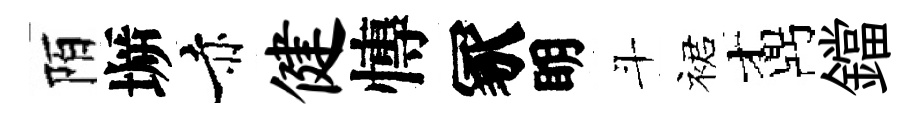
陌󶱲赤健慱冢眀斗裙鼒鐺